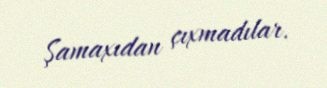
Şamaxıdan çıxmadılar.